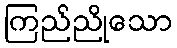
ကြည်ညိုသော